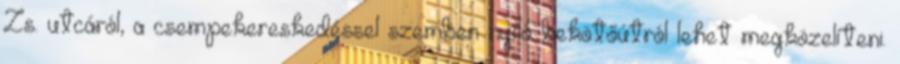
Zs. utcáról, a csempekereskedéssel szemben nyíló bekötőútról lehet megközelíteni.